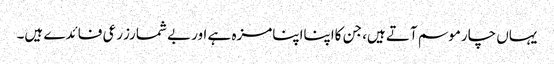
یہاں چارموسم آتے ہیں، جن کااپنااپنامزہ ہے اوربے شمارزرعی فائدے ہیں۔